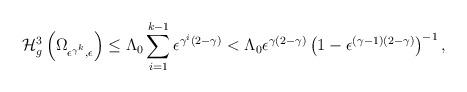
LaTeX: \begin{align*}\mathcal H^3_g\left(\Omega_{\epsilon^{\gamma^k},\epsilon}\right)\leq \Lambda_0\sum_{i=1}^{k-1}\epsilon^{\gamma^i(2-\gamma)}<\Lambda_0\epsilon^{\gamma(2-\gamma)}\left(1-\epsilon^{(\gamma-1)(2-\gamma)}\right)^{-1},\end{align*}